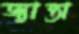
জ্যান্তা